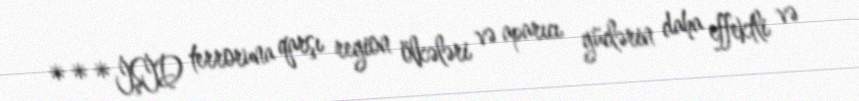
***İŞİD terroruna qarşı region ölkələri və aparıcı güclərin daha effektli və